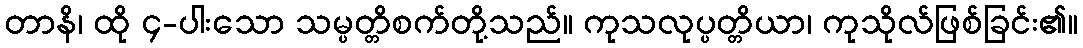
တာနိ၊ ထို ၄-ပါးသော သမ္ပတ္တိစက်တို့သည်။ ကုသလုပ္ပတ္တိယာ၊ ကုသိုလ်ဖြစ်ခြင်း၏။